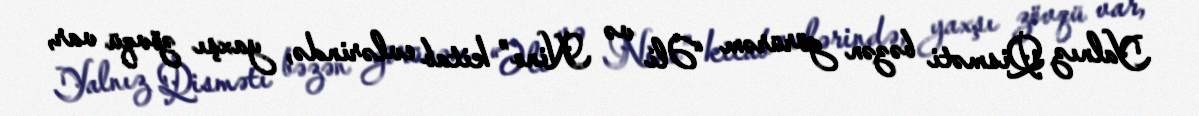
Yalnız Qisməti bəzən görürəm “Əli və Nino” kitab evlərində, yaxşı zövqü var,